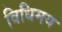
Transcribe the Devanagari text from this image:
विधिमय